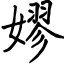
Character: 嫪